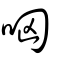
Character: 哅